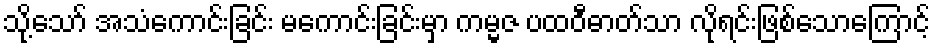
သို့သော် အသံကောင်းခြင်း မကောင်းခြင်းမှာ ကမ္မဇ ပထဝီဓာတ်သာ လိုရင်းဖြစ်သောကြောင့်